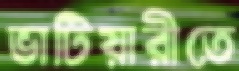
ভাটিয়ারীতে